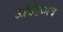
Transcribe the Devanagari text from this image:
आंबेडकरच